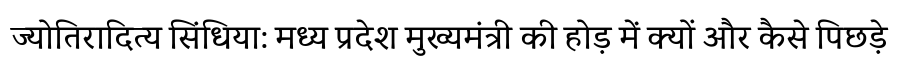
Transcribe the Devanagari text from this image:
ज्योतिरादित्य सिंधिया: मध्य प्रदेश मुख्यमंत्री की होड़ में क्यों और कैसे पिछड़े